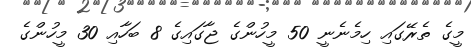
މީގެ ތެރޭގައި ހިމެނެނީ 50 މީހުންގެ ޖާގައިގެ 8 ބަހާއި 30 މީހުންގެ